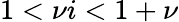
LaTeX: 1<\nu i<1+\nu